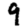
Digit: 9